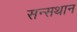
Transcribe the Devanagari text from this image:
सन्सथान